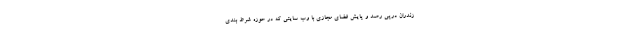
زندران درپی رصد و پایش فضای مجازی با وب سایتی که در حوزه شرط بندی